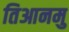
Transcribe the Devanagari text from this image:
तिआनमु